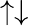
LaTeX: \uparrow\downarrow